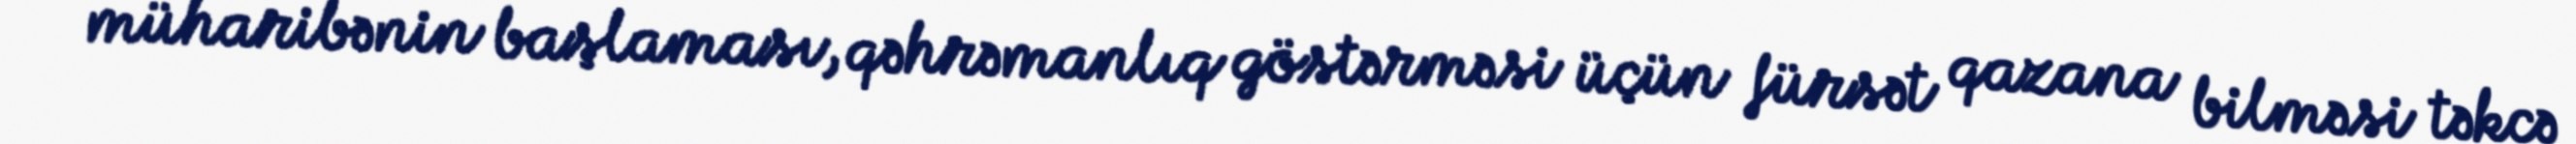
müharibənin başlaması, qəhrəmanlıq göstərməsi üçün fürsət qazana bilməsi təkcə